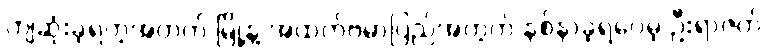
ကျဆုံးခဲ့ရတဲ့အတွက် မြို့နဲ့ အထက်ဗမာပြည်အတွက် နစ်နာခဲ့ရပေမဲ့ ဦးရာဇတ်